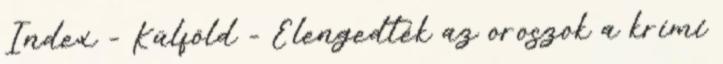
Index - Külföld - Elengedték az oroszok a krími